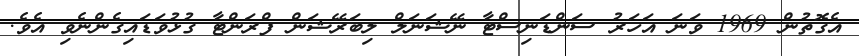
އެގޮތުން 1969 ވަަނަ އަހަރު ސަންޑަނިސްޓާ ނޭޝަނަލް ލިބަރޭޝަން ފްރަންޓާ ގުޅުވަޑައިގެންނެވި އެވެ.